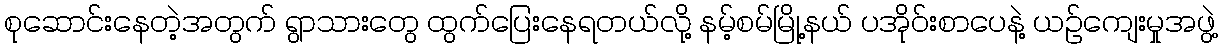
စုဆောင်းနေတဲ့အတွက် ရွာသားတွေ ထွက်ပြေးနေရတယ်လို့ နမ့်စမ်မြို့နယ် ပအိုဝ်းစာပေနဲ့ ယဉ်ကျေးမှုအဖွဲ့